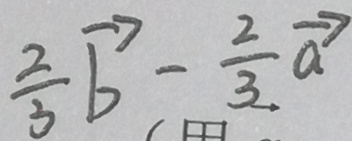
\frac { 2 } { 3 } \overrightarrow { b } - \frac { 2 } { 3 } \overrightarrow { a }